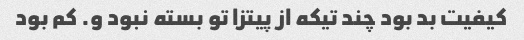
کیفیت بد بود چند تیکه از پیتزا تو بسته نبود و. کم بود